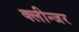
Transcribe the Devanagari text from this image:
क्लीन्जर